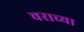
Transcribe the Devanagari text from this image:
चराच्या